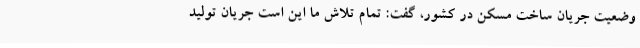
وضعیت جریان ساخت مسکن در کشور، گفت: تمام تلاش ما این است جریان تولید